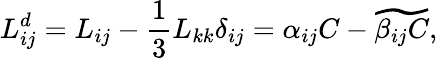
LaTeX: L_{ij}^{d}=L_{ij}-\frac{1}{3}L_{kk}\delta_{ij}=\alpha_{ij}C-\widetilde{\beta_{ij}C},